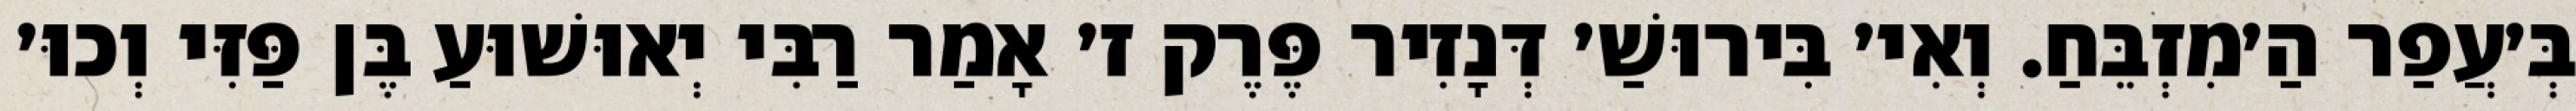
בְּ׳עֲפַר הַ׳מִזְבֵּחַ. וְאִי׳ בִּירוּשַׁ׳ דְּנָזִיר פֶּרֶק ז׳ אָמַר רַבִּי יְאוּשׁוּעַ בֶּן פַּזִּי וְכוּ׳